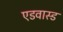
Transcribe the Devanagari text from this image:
एडवास्ड